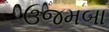
ઉજમબા